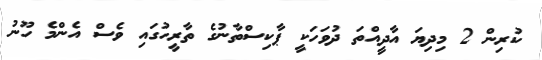
ކުރިން 2 މިދިޔަ އާދީއްތަ ދުވަހަކީ ޕާކިސްތާނުގެ ތާރީހުގައި ވެސް އެންމެ ހޫނު